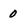
Character: 0